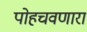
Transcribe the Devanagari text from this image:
पोहचवणारा